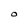
Character: O